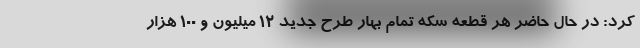
کرد: در حال حاضر هر قطعه سکه تمام بهار طرح جدید ۱۲ میلیون و ۱۰۰ هزار